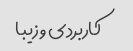
کاربردی و زیبا